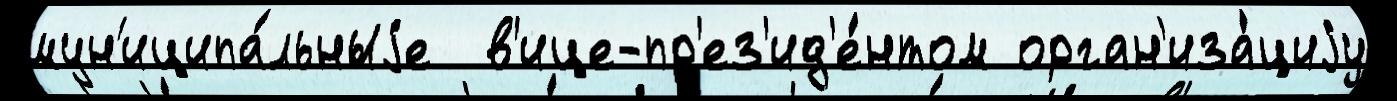
мун'иципа́льныjе  в'ице-пр'ез'ид'е́нтом орган'иза́циjу